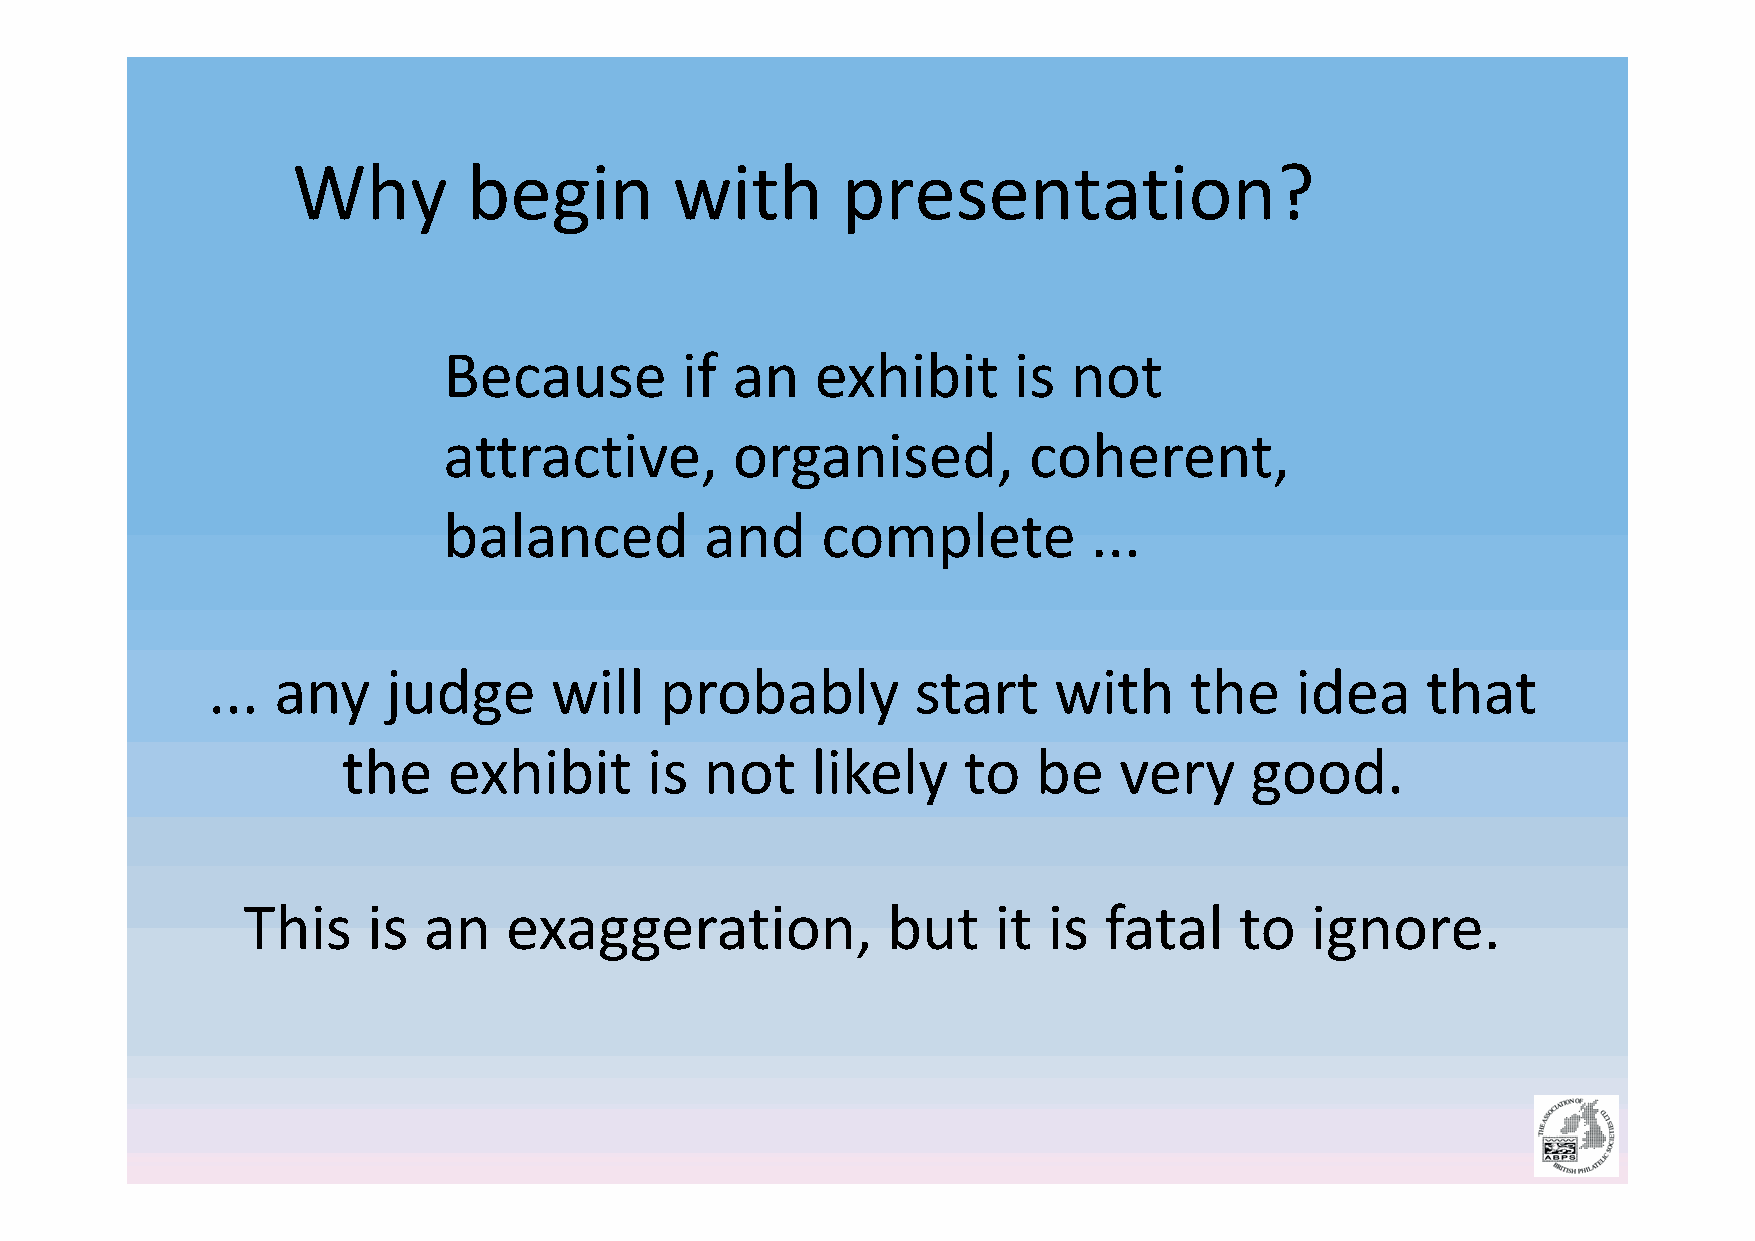
Why         begin         with       presentation?
 Because         if an    exhibit      is  not
 attractive,         organised,         coherent,
 balanced          and    complete          ...
 ... any     judge     will    probably         start    with     the    idea    that
 the    exhibit      is  not    likely    to   be   very     good.
 This    is  an   exaggeration,             but    it is  fatal    to   ignore.